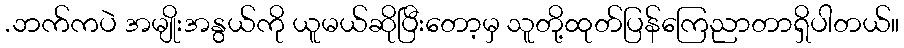
.ဘက်ကပဲ အမျိုးအနွယ်ကို ယူမယ်ဆိုပြီးတော့မှ သူတို့ထုတ်ပြန်ကြေညာတာရှိပါတယ်။